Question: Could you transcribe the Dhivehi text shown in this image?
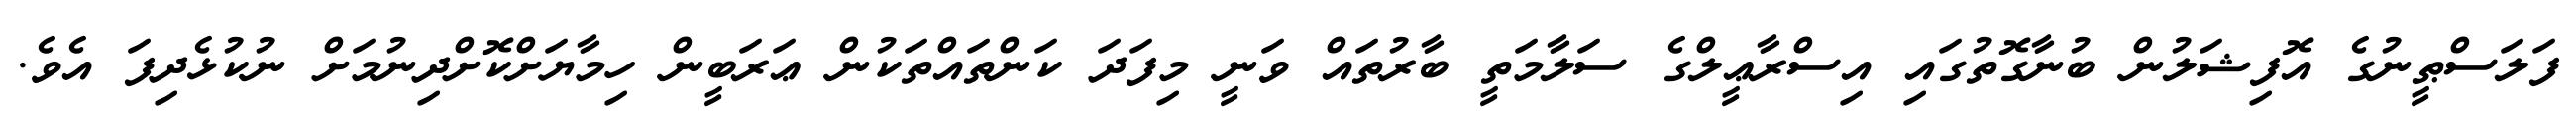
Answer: ފަލަސްޠީނުގެ އޮފިޝަލުން ބުނާގޮތުގައި އިސްރާޢީލްގެ ސަލާމަތީ ބާރުތައް ވަނީ މިފަދަ ކަންތައްތަކުން ޢަރަބީން ހިމާޔަށްކޮށްދިނުމަށް ނުކުޅެދިފަ އެވެ.